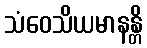
သံဝေသိယမာနန္တိ